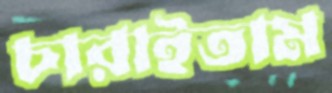
চারাইতাম